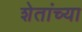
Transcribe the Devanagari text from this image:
शेतांच्या